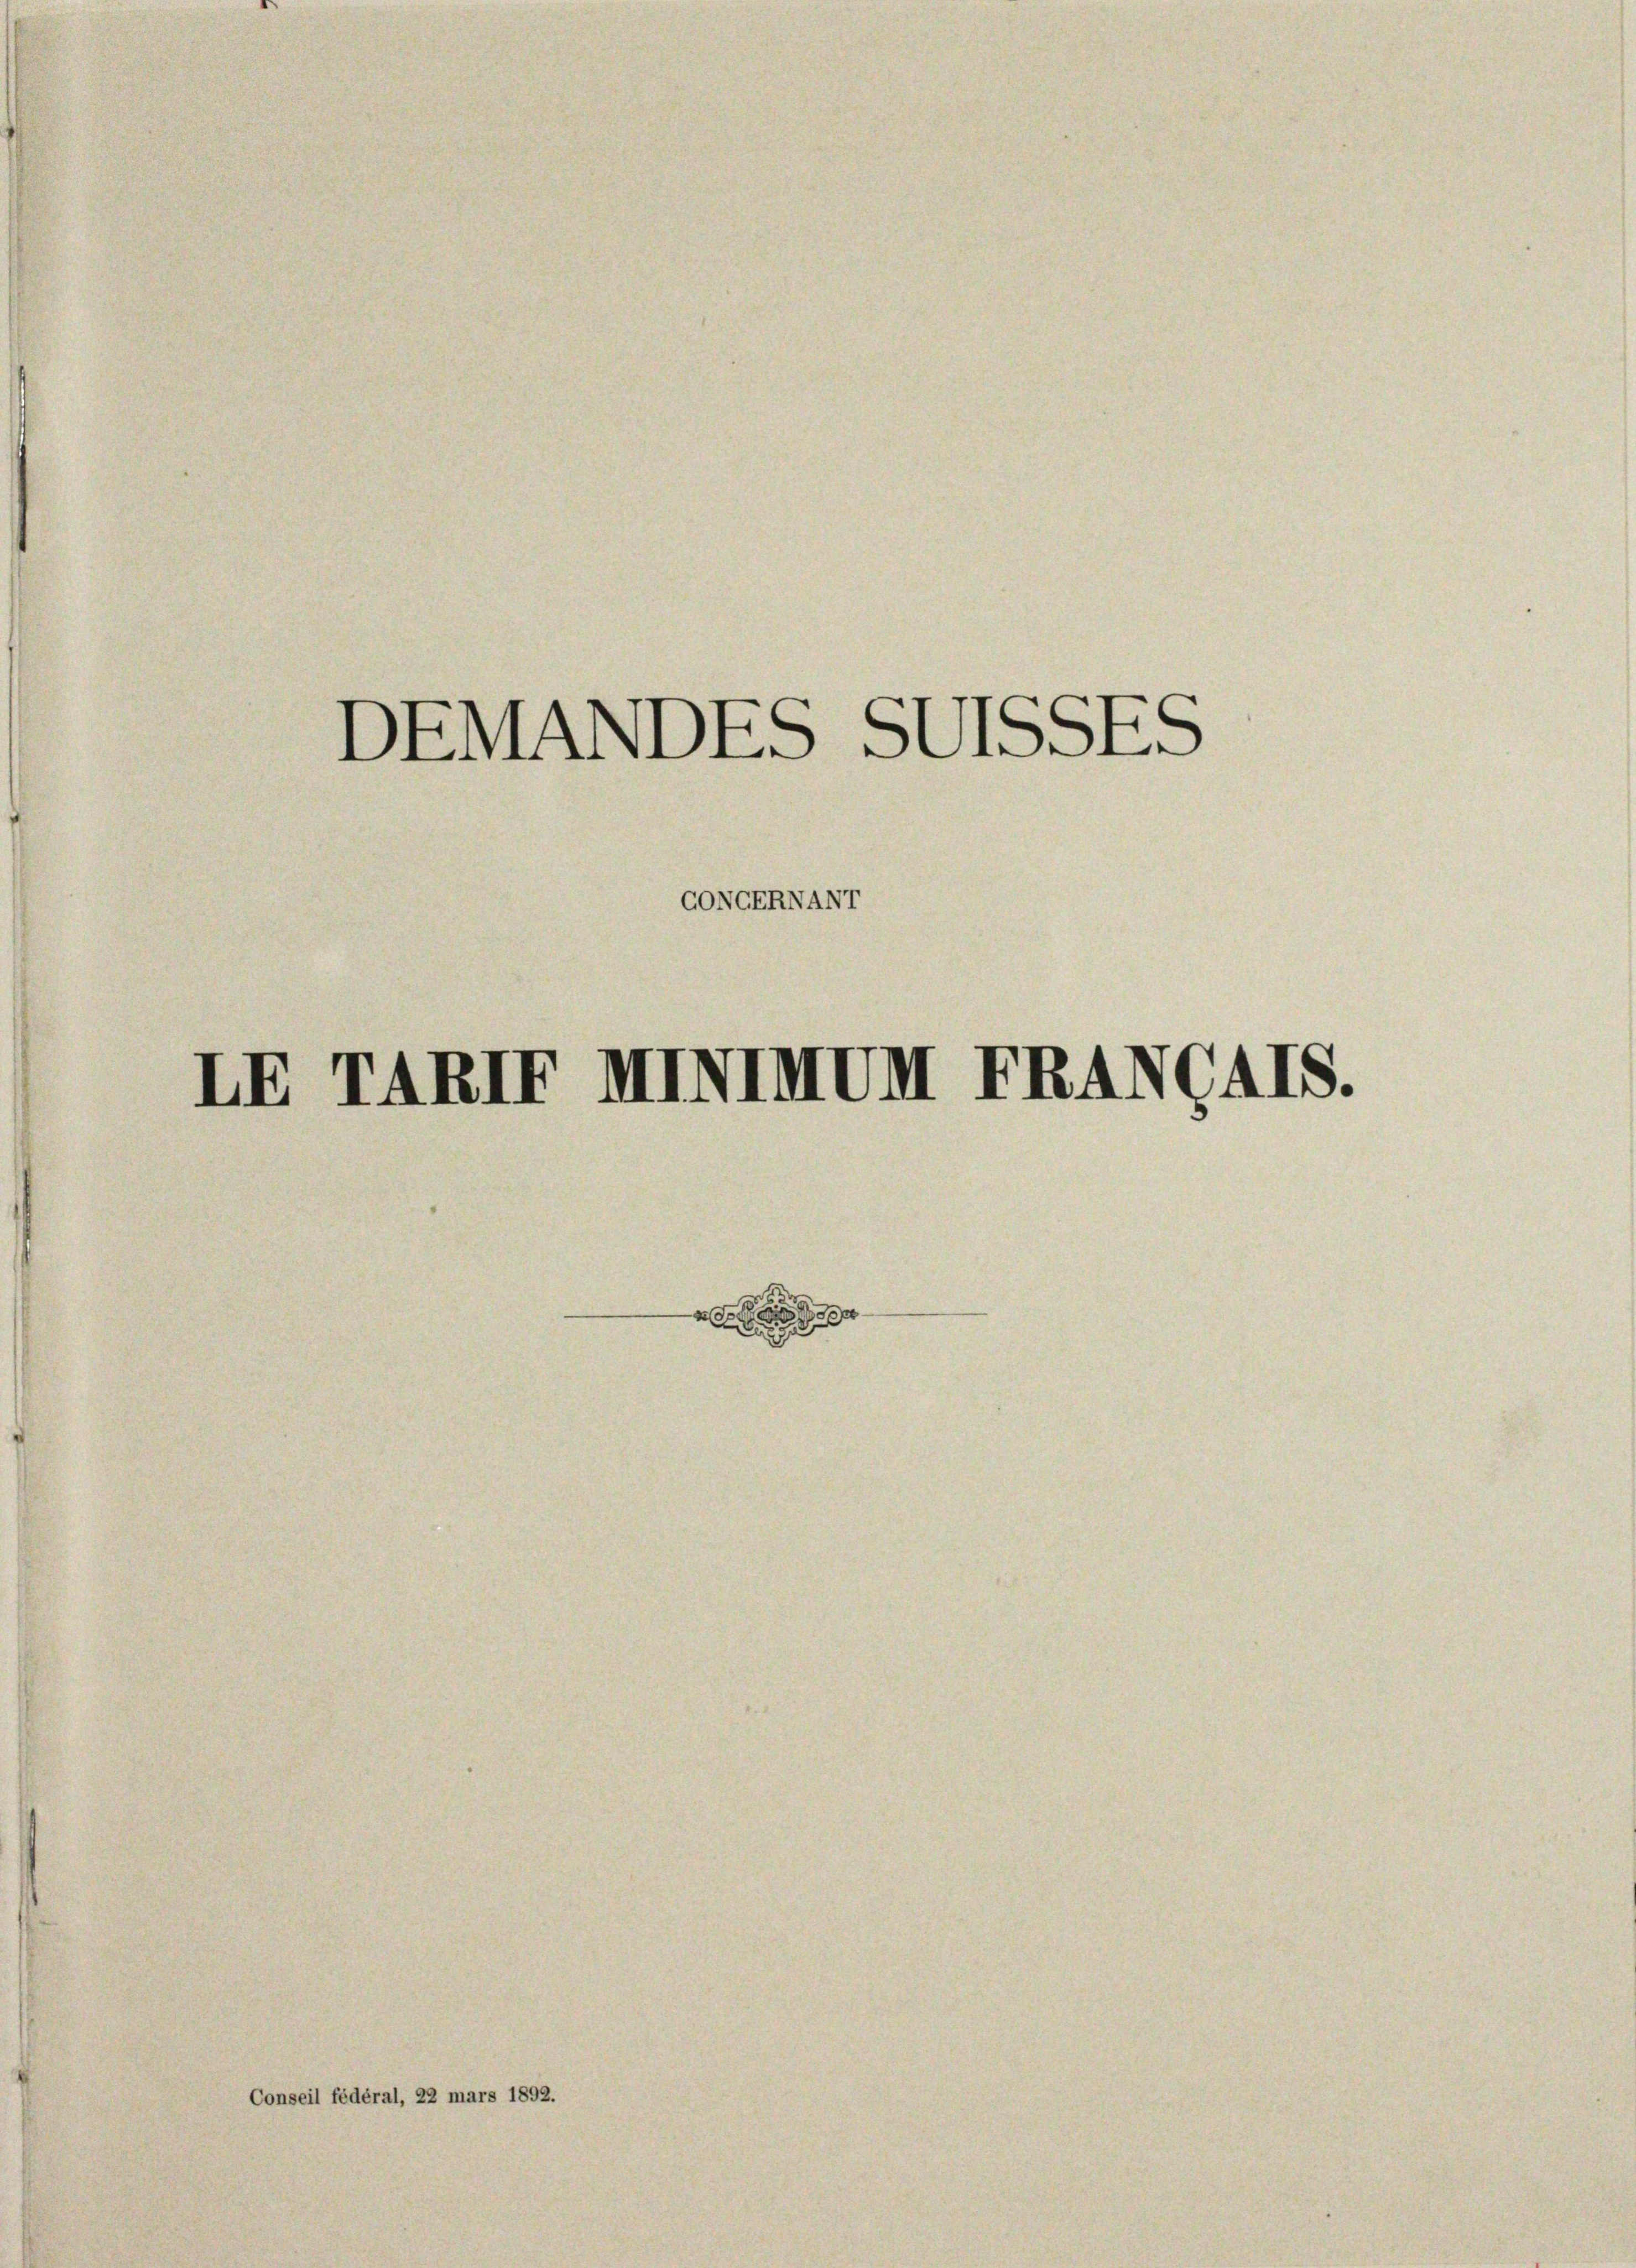
DEMADDES SUSSES
CONVGERNANT

LE TARIF HIVIIDM FRANGAIS.

Conseil fédéral, 22 mars 1892.